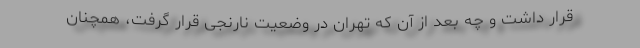
قرار داشت و چه بعد از آن که تهران در وضعیت نارنجی قرار گرفت، همچنان